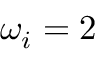
\omega _ { i } = 2